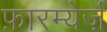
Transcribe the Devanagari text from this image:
फ़ारम्येर्ज़